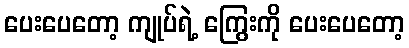
ပေးပေတော့ ကျုပ်ရဲ့ ကြွေးကို ပေးပေတော့